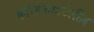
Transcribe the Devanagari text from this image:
कॉरडेआइटेलीज़